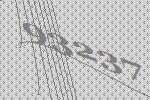
93237